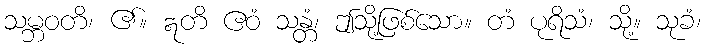
သမ္ဘဝတိ၊ ၏။ ဣတိ ဧဝံ သန္တံ၊ ဤသို့ဖြစ်သော။ တံ ပုရိသံ၊ သို့။ သုခံ၊